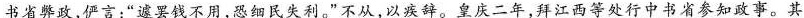
书省弊政，俨言：”遽罢钱不用，恐细民失利。”不从，以疾辞。皇庆二年，拜江西等处行中书省参知政事。其